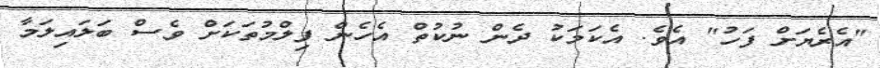
"އެރެޔަށް ފަހު" އެވެ. އެކަމަކު ދެން ނުކުތް އެހެން ފިލްމުތަކަށް ވެސް ބަލައިލަމާ